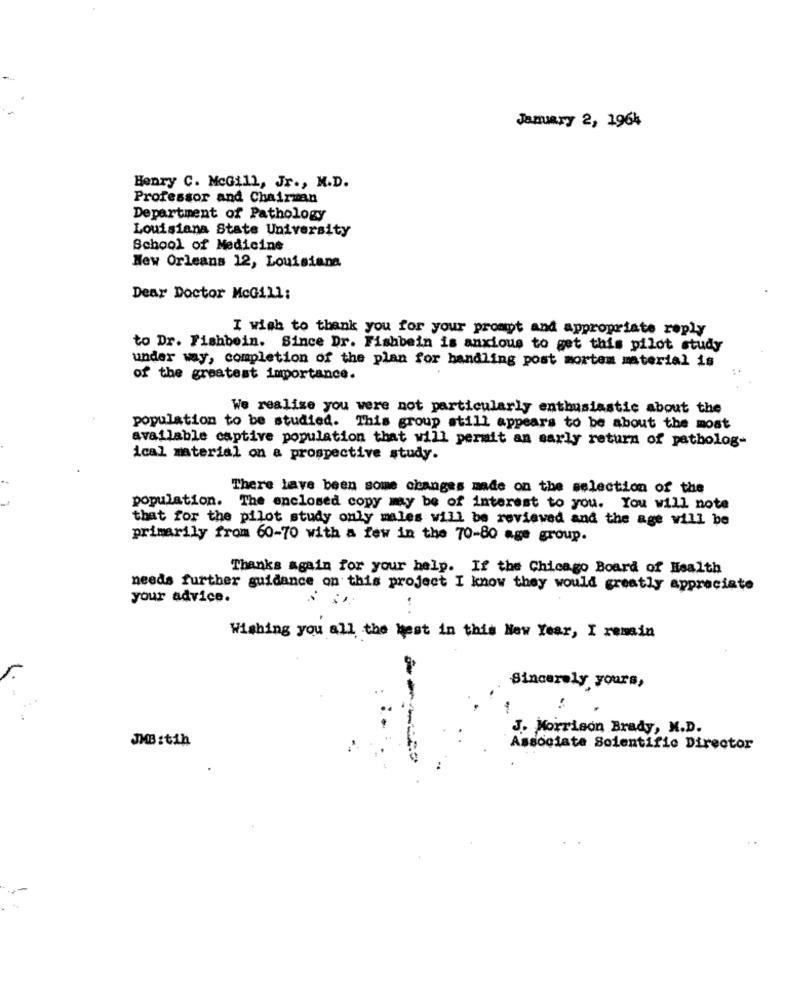
January 2, 1964
Henry C. McGill, Jr ., M.D.
Professor and Chairman
Department of Pathology
Louisiana State University
School of Medicine
New Orleans 12, Louisiana
Dear Doctor McGill:
I wish to thank you for your prompt and appropriate reply
to Dr. Fishbein. Since Dr. Fishbein is anxious to get this pilot study
under way, completion of the plan for handling post mortem material is
..
of the greatest importance.
We realize you were not particularly enthusiastic about the
population to be studied. This group still appears to be about the most
available captive population that will permit an early return of patholog-
ical material on a prospective study.
There lave been some changes made on the selection of the
population. The enclosed copy may be of interest to you. You will note
that for the pilot study only males will be reviewed and the age will be
primarily from 60-70 with a few in the 70-80 age group.
Thanks again for your help. If the Chicago Board of Health
needs further guidance on this project I know they would greatly appreciate
your advice.
Wishing you all the best in this New Year, I remain
4
Sincerely yours,
J. Morrison Brady, M.D.
JMB:tih
Associate Scientific Director